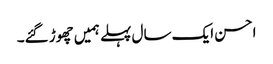
احسن ایک سال پہلے ہمیں چھوڑ گئے۔